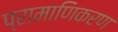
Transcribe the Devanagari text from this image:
प्रामाणिकरण